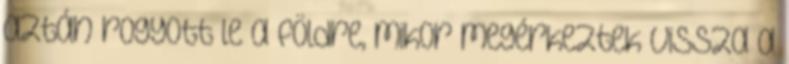
aztán rogyott le a földre, mikor megérkeztek vissza a